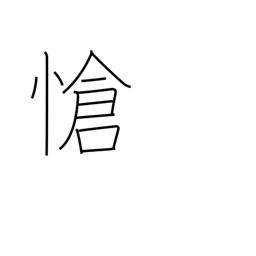
Meaning: pathetic